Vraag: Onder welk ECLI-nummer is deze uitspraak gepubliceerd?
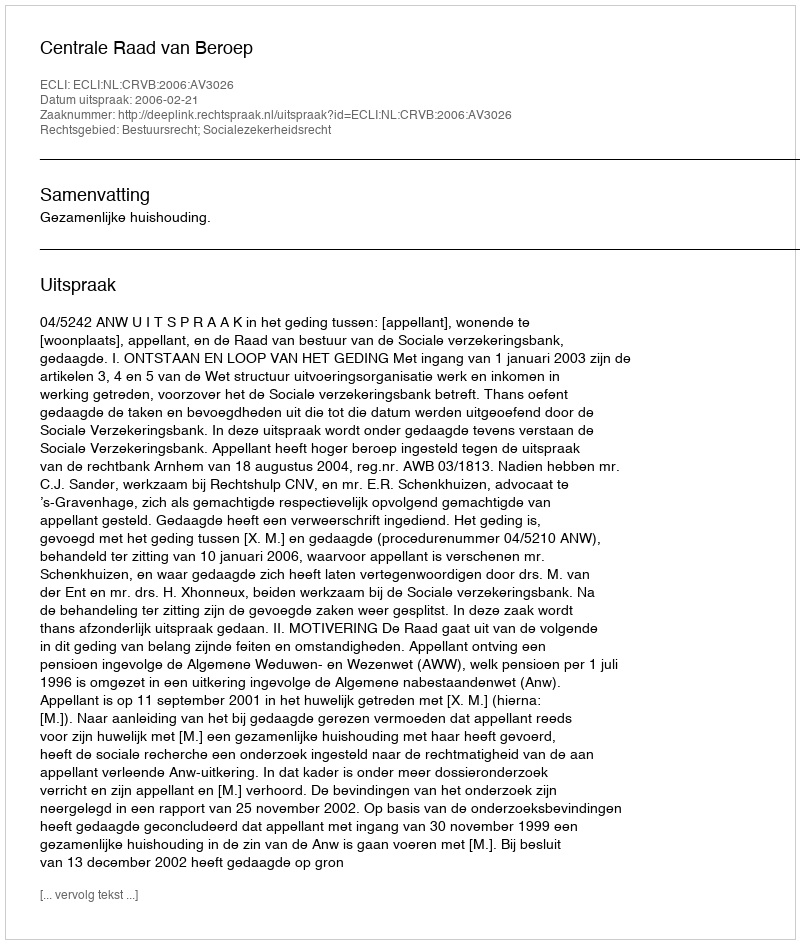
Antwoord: ECLI:NL:CRVB:2006:AV3026